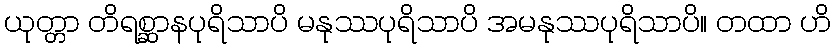
ယုတ္တာ တိရစ္ဆာနပုရိသာပိ မနုဿပုရိသာပိ အမနုဿပုရိသာပိ။ တထာ ဟိ